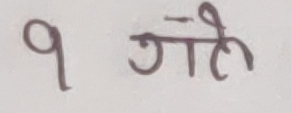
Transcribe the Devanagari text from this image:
९ गेटे